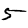
Digit: 5